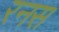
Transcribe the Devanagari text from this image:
रनस